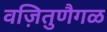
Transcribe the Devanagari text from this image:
वज़ितुणैगळ